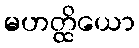
မဟတ္ထိယော